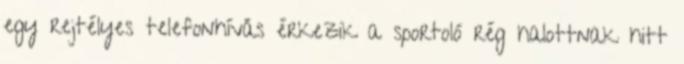
egy rejtélyes telefonhívás érkezik a sportoló rég halottnak hitt